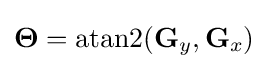
\mathbf {\Theta } =\operatorname {atan2} (\mathbf {G} _{y},\mathbf {G} _{x})